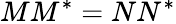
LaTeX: MM^{*}=NN^{*}